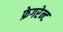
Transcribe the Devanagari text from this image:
फ्रेगरेन्ट